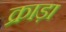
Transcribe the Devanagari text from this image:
क्राड़ा